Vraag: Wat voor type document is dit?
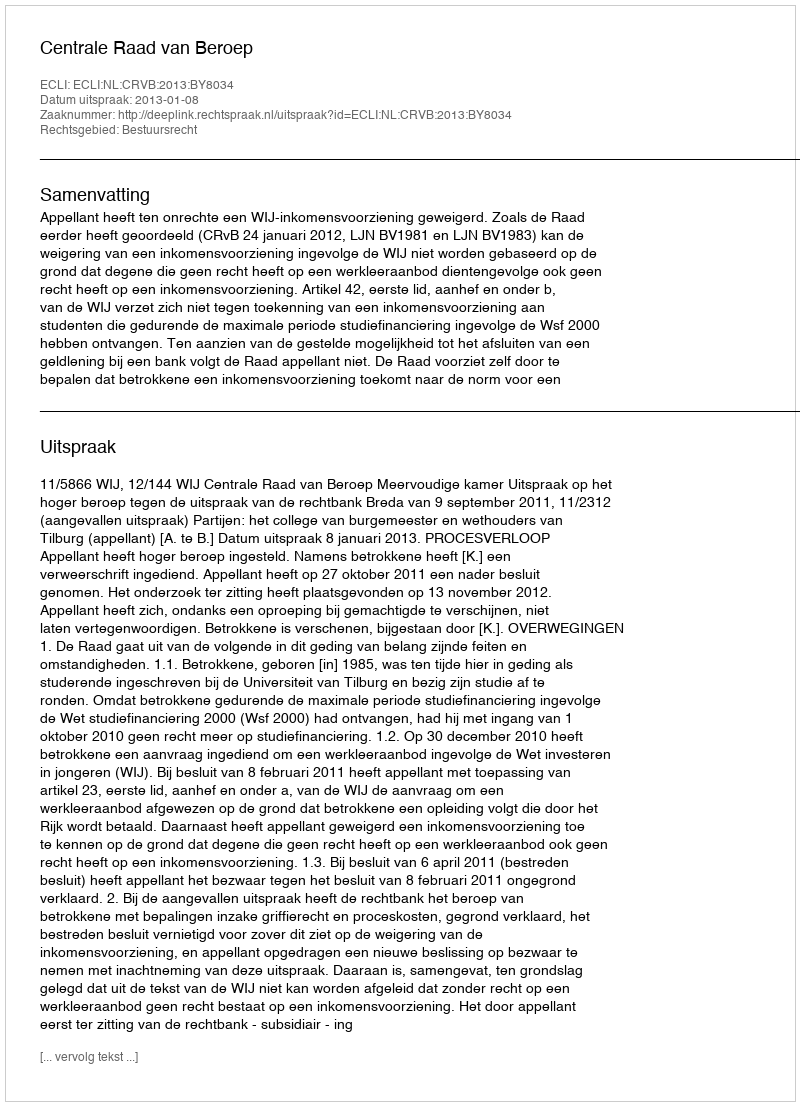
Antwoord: Uitspraak